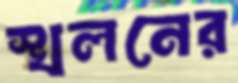
স্খলনের